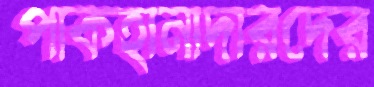
পাকহানাদারদের